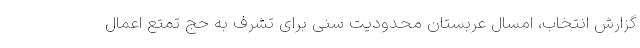
گزارش انتخاب، امسال عربستان محدودیت سنی برای تشرف به حج تمتع اعمال